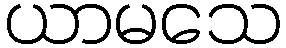
ယာမသေ